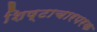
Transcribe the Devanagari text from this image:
शिष्टाचारपरक